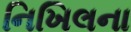
નિખિલના